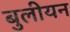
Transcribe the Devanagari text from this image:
बुलीयन